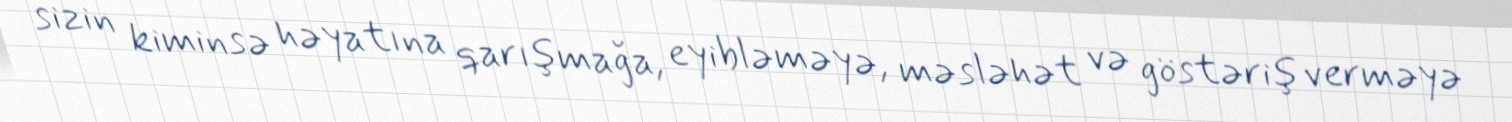
sizin kiminsə həyatına qarışmağa, eyibləməyə, məsləhət və göstəriş verməyə